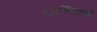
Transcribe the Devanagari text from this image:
दार्शनिकथे